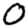
Digit: 0